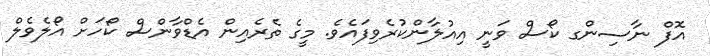
އޮފް ނާސިންގ ކޯސް ވަނީ އިއުލާންކުރެވިފައެވެ. މީގެ ތެރެއިން އެޑްވާންސް ކޯހަށް އޯލެވެލް